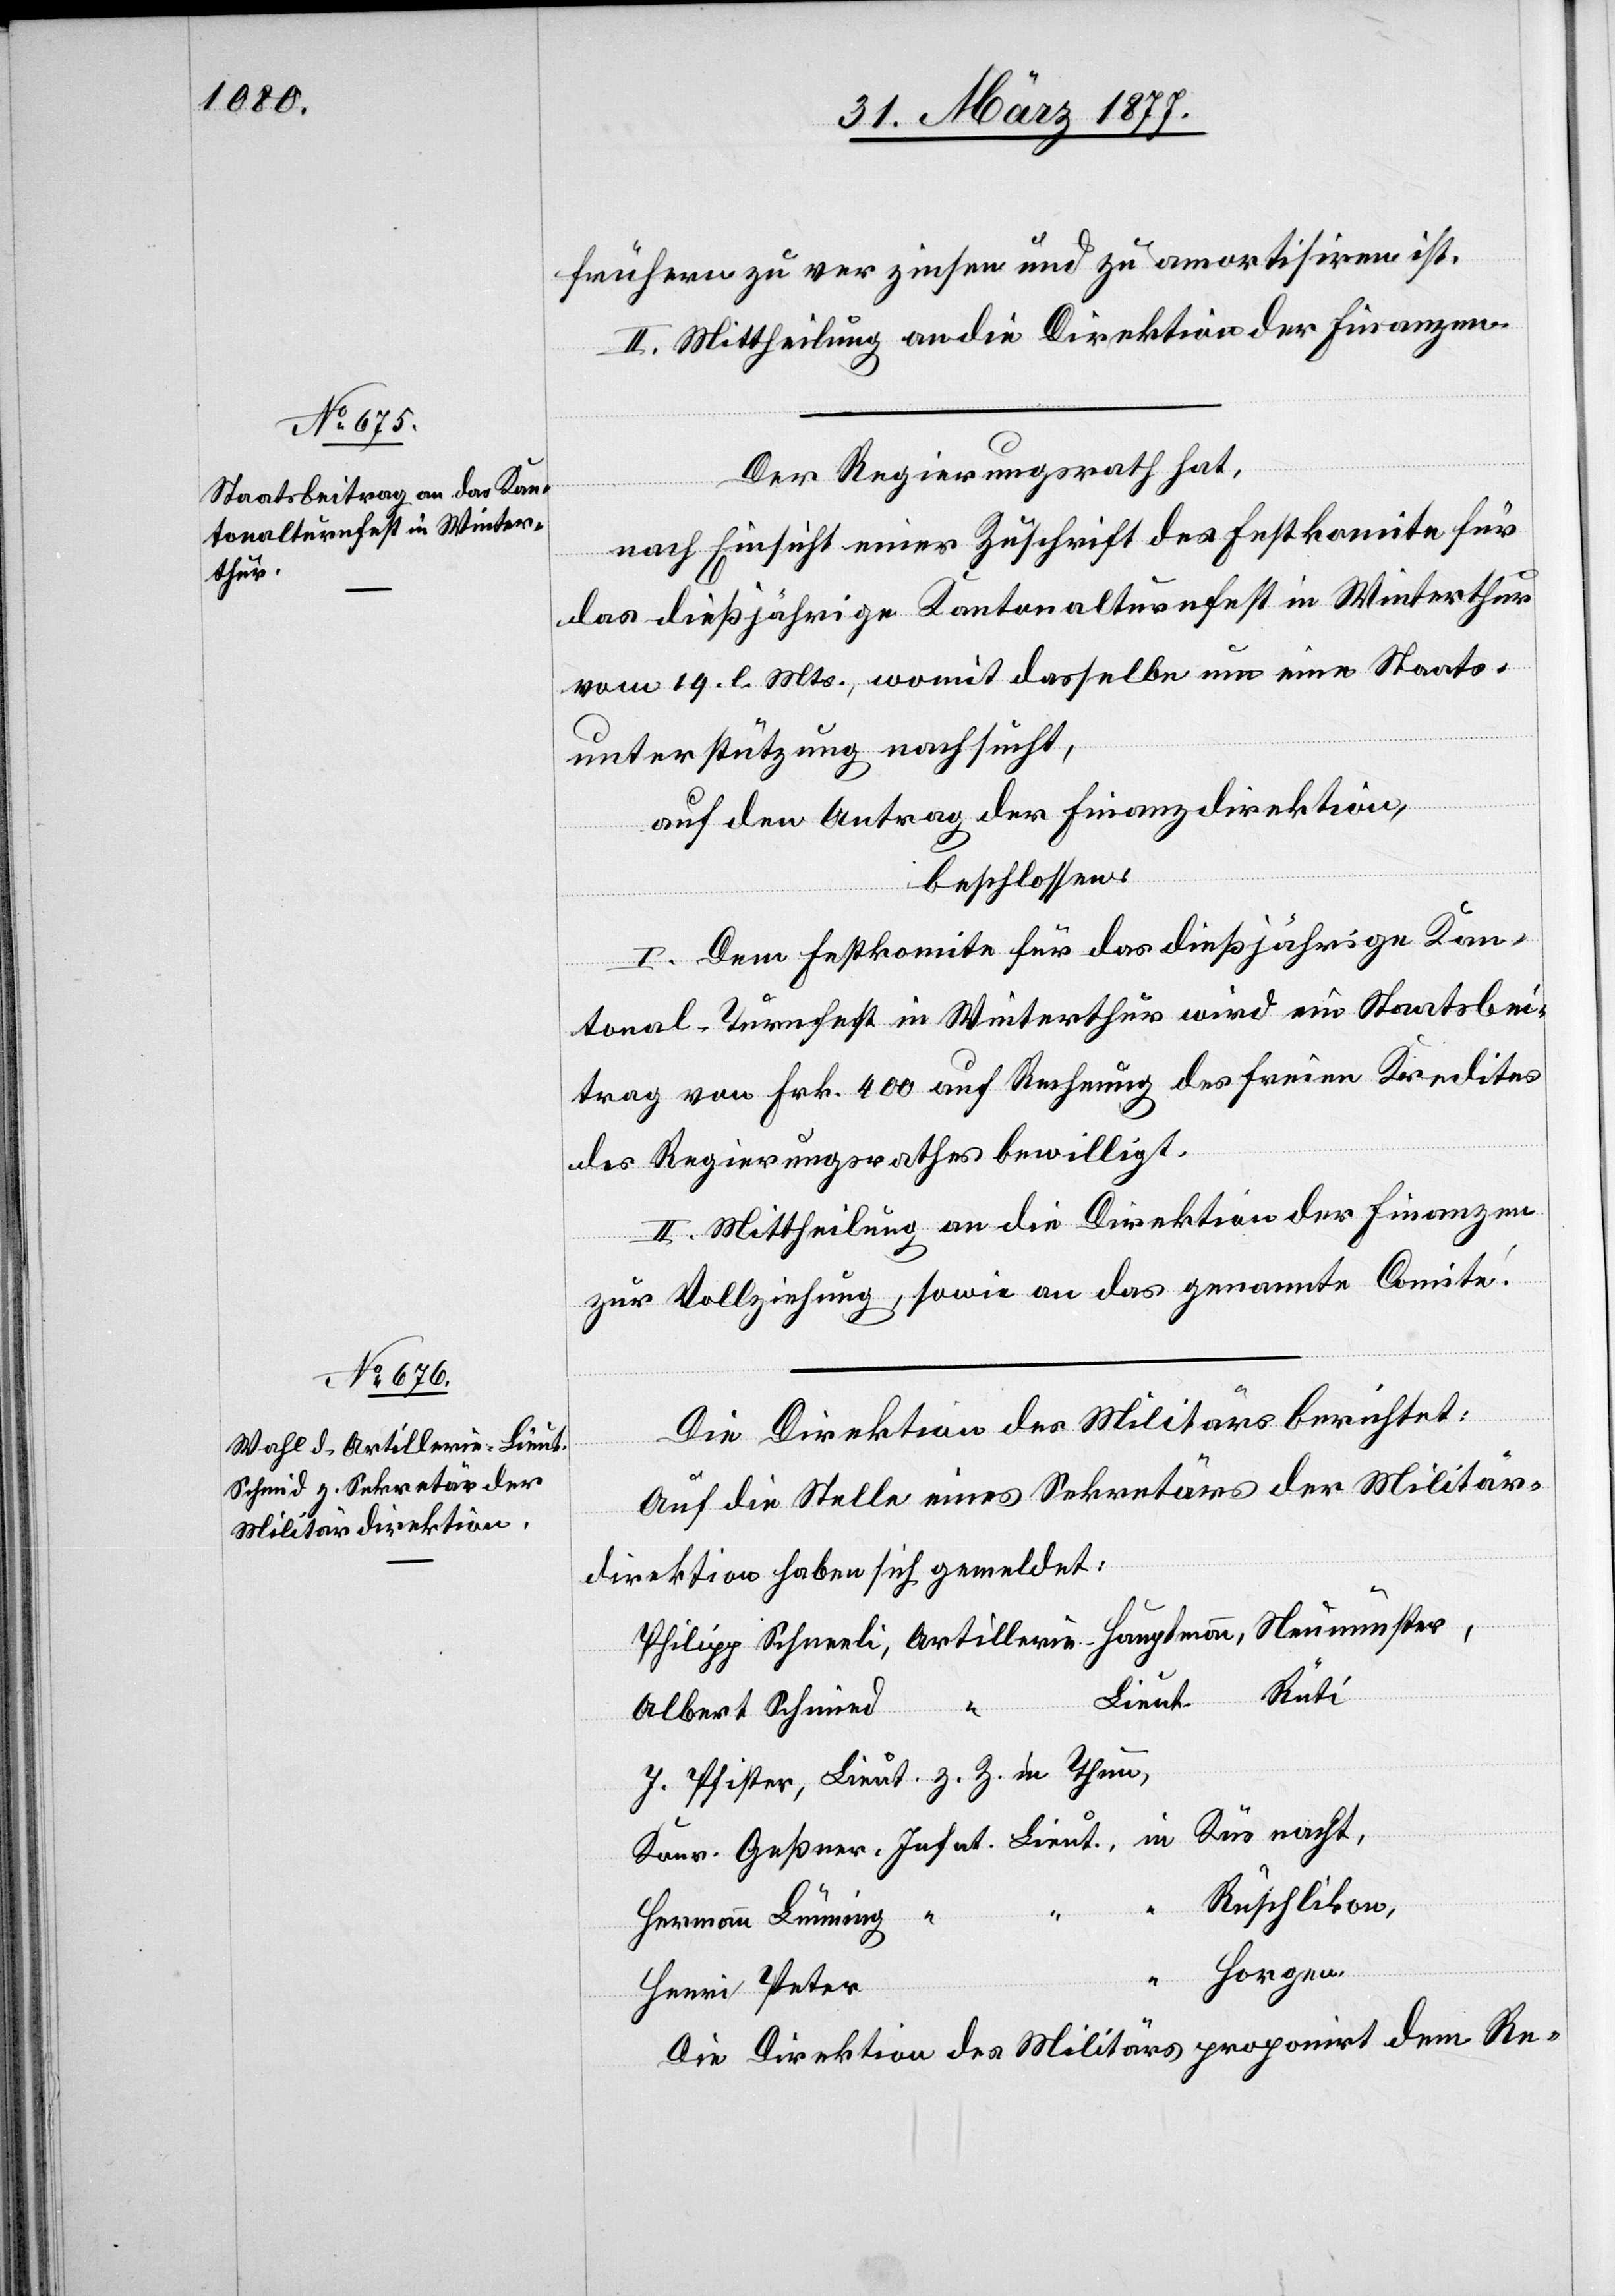
frühern zu verzinsen und zu amortisiren ist.
II. Mittheilung an die Direktion der Finanzen.
Der Regierungsrath hat,
“
nach Einsicht einer Zuschrift des Festkomite für
das dießjährige Kantonalturnfest in Winterthur
vom 19. l. Mts., womit dasselbe um eine Staats¬
unterstützung nachsucht,
auf den Antrag der Finanzdirektion,
beschlossen:
I. Dem Festkomite für das dießjährige Kan¬
tonal-Turnfest in Winterthur wird ein Staatsbei¬
trag von Frk. 400 auf Rechnung des freien Kredites
des Regierungsrathes bewilligt.
II. Mittheilung an die Direktion der Finanzen
Horgen.
zur Vollziehung, sowie an das genannte Comité.
Die Direktion des Militärs berichtet:
Auf die Stelle eines Sekretärs der Militär¬
direktion haben sich gemeldet:
Neumünster,
Albert Schmid
Rüschlikon,
Hermann Leüning
Henri Peter
Die Direktion des Militärs proponirt dem Re-